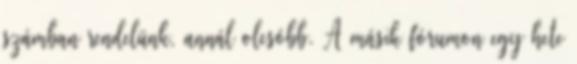
számban rendelünk, annál olcsóbb. A másik fórumon egy hete